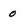
Character: 0